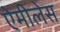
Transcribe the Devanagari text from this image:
ऐमीलेस